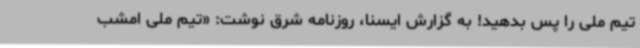
تیم ملی را پس بدهید! به گزارش ایسنا، روزنامه شرق نوشت: «تیم ملی امشب